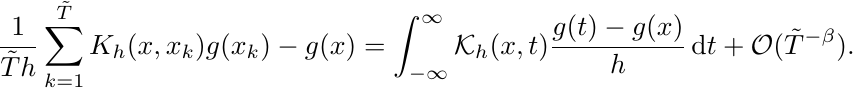
		\begin{align*}
		\frac{1}{\tilde{T}h} \sum_{k=1}^{\tilde{T}} K_h(x,x_k)g(x_k)-g(x)=  \int_{-\infty}^\infty \mathcal{K}_h(x,t)\frac{g(t)-g(x)}{h} \, \mbox{d}t +\mathcal{O}(\tilde{T}^{-\beta}).
		\end{align*}